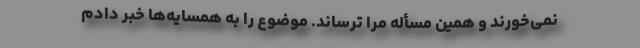
نمی‌خورند و همین مسأله مرا ترساند. موضوع را به همسایه‌ها خبر دادم